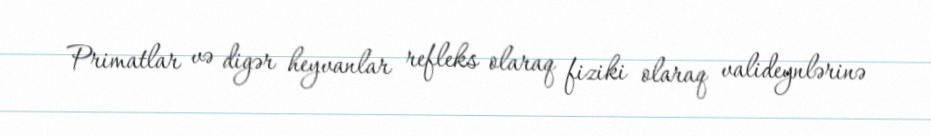
Primatlar və digər heyvanlar refleks olaraq fiziki olaraq valideynlərinə